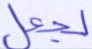
لجعل